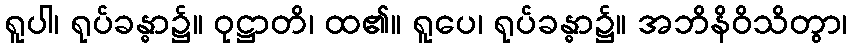
ရူပါ၊ ရုပ်ခန္ဓာ၌။ ဝုဋ္ဌာတိ၊ ထ၏။ ရူပေ၊ ရုပ်ခန္ဓာ၌။ အဘိနိဝိသိတွာ၊